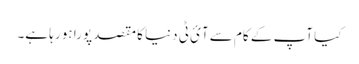
کیا آپ کے کام سے آئ ٹی دنیا کا مقصد پورا ہو رہا ہے۔